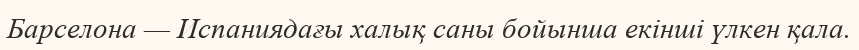
Барселона — Испаниядағы халық саны бойынша екінші үлкен қала.